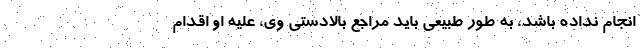
انجام نداده باشد، به طور طبیعی باید مراجع بالادستی وی، علیه او اقدام